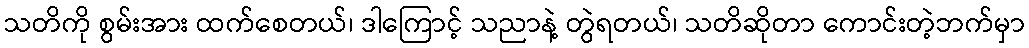
သတိကို စွမ်းအား ထက်စေတယ်၊ ဒါကြောင့် သညာနဲ့ တွဲရတယ်၊ သတိဆိုတာ ကောင်းတဲ့ဘက်မှာ